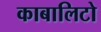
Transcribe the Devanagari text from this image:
काबालिटो